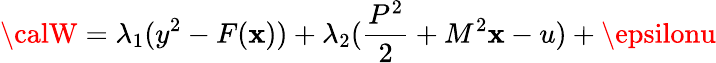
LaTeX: {\calW}=\lambda_{1}(y^{2}-F(\mathbf{x}))+\lambda_{2}(\frac{{P^{2}}}{{2}}+M^{2}\mathbf{x}-u)+\epsilonu